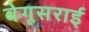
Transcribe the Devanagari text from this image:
बेगूसराई